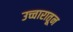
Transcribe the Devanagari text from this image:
उच्चारातून